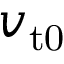
v _ { \mathrm { t 0 } }